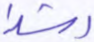
رشدا